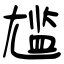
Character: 尴